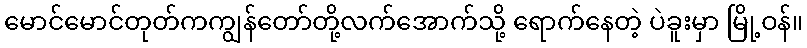
မောင်မောင်တုတ်ကကျွန်တော်တို့လက်အောက်သို့ ရောက်နေတဲ့ ပဲခူးမှာ မြို့ဝန်။